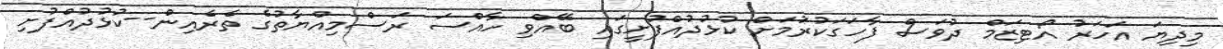
މިދިޔަ އަހަރު އޯޓިޒަމް ދުވަސް ފާހަގަކުރުަމަށް ކުޅުދުއްފުށީގައި ބޭއްވި ހާއްސަ ރަސްމިއްޔާތުގެ ތެރެއިން--ކުޅުދުއްފުށި